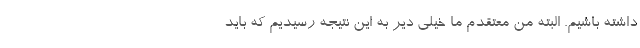
داشته باشیم. البته من معتقدم ما خیلی دیر به این نتیجه رسیدیم که باید